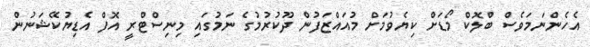
އެހެންނަމަވެސް ބްލޮކް މޯޑަށް ކިޔެވުމަށް މުއައްޒަފުން ދޫކުރުމުގެ ނަމުގައި މިނިސްޓްރީ އޮފް އެޑިޔުކޭޝަނުން